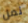
نمل